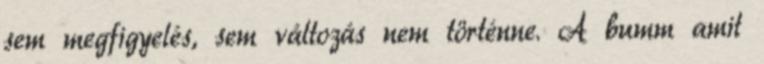
sem megfigyelés, sem változás nem történne. A bumm amit